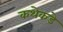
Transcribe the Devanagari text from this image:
कथेकडे